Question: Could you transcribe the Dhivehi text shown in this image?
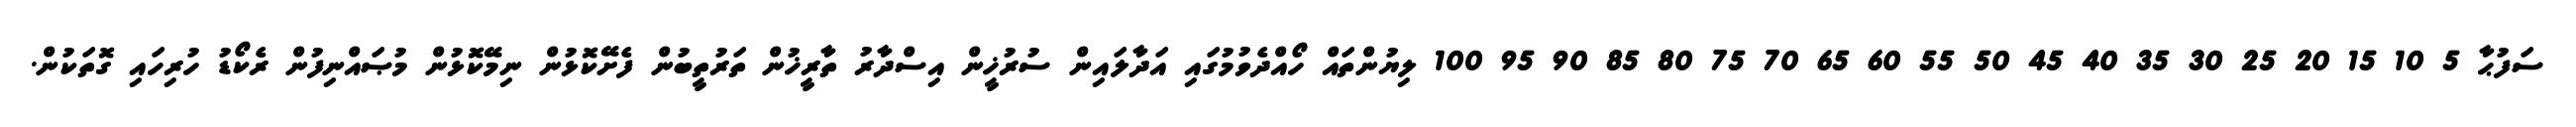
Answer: ސަފުޙާ 5 10 15 20 25 30 35 40 45 50 55 60 65 70 75 80 85 90 95 100 ލިޔުންތައް ހޯއްދެވުމުގައި އަދާލައިން ސުރުޚީން އިސްދާރު ތާރީޚުން ތަރުތީބުން ފެށޭކޮޅުން ނިމޭކޮޅުން މުޞައްނިފުން ރެކޯޑު ހުރިހައި ގޮތަކުން.